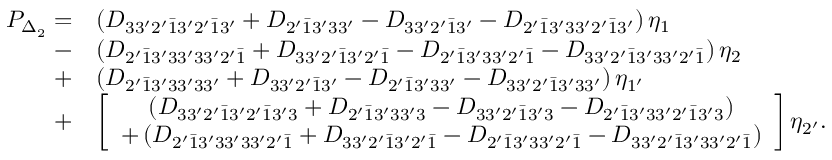
\begin{array} { r l } { P _ { \Delta _ { 2 } } = } & { \left( { { D _ { 3 3 ^ { \prime } 2 ^ { \prime } \bar { 1 } 3 ^ { \prime } 2 ^ { \prime } \bar { 1 } 3 ^ { \prime } } } + { D _ { 2 ^ { \prime } \bar { 1 } 3 ^ { \prime } 3 3 ^ { \prime } } } - { D _ { 3 3 ^ { \prime } 2 ^ { \prime } \bar { 1 } 3 ^ { \prime } } } - { D _ { 2 ^ { \prime } \bar { 1 } 3 ^ { \prime } 3 3 ^ { \prime } 2 ^ { \prime } \bar { 1 } 3 ^ { \prime } } } } \right) { \eta _ { 1 } } } \\ { - } & { \left( { { D _ { 2 ^ { \prime } \bar { 1 } 3 ^ { \prime } 3 3 ^ { \prime } 3 3 ^ { \prime } 2 ^ { \prime } \bar { 1 } } } + { D _ { 3 3 ^ { \prime } 2 ^ { \prime } \bar { 1 } 3 ^ { \prime } 2 ^ { \prime } \bar { 1 } } } - { D _ { 2 ^ { \prime } \bar { 1 } 3 ^ { \prime } 3 3 ^ { \prime } 2 ^ { \prime } \bar { 1 } } } - { D _ { 3 3 ^ { \prime } 2 ^ { \prime } \bar { 1 } 3 ^ { \prime } 3 3 ^ { \prime } 2 ^ { \prime } \bar { 1 } } } } \right) { \eta _ { 2 } } } \\ { + } & { \left( { { D _ { 2 ^ { \prime } \bar { 1 } 3 ^ { \prime } 3 3 ^ { \prime } 3 3 ^ { \prime } } } + { D _ { 3 3 ^ { \prime } 2 ^ { \prime } \bar { 1 } 3 ^ { \prime } } } - { D _ { 2 ^ { \prime } \bar { 1 } 3 ^ { \prime } 3 3 ^ { \prime } } } - { D _ { 3 3 ^ { \prime } 2 ^ { \prime } \bar { 1 } 3 ^ { \prime } 3 3 ^ { \prime } } } } \right) { \eta _ { 1 ^ { \prime } } } } \\ { + } & { \left[ \begin{array} { c } { \left( { { D _ { 3 3 ^ { \prime } 2 ^ { \prime } \bar { 1 } 3 ^ { \prime } 2 ^ { \prime } \bar { 1 } 3 ^ { \prime } 3 } } + { D _ { 2 ^ { \prime } \bar { 1 } 3 ^ { \prime } 3 3 ^ { \prime } 3 } } - { D _ { 3 3 ^ { \prime } 2 ^ { \prime } \bar { 1 } 3 ^ { \prime } 3 } } - { D _ { 2 ^ { \prime } \bar { 1 } 3 ^ { \prime } 3 3 ^ { \prime } 2 ^ { \prime } \bar { 1 } 3 ^ { \prime } 3 } } } \right) } \\ { + \left( { { D _ { 2 ^ { \prime } \bar { 1 } 3 ^ { \prime } 3 3 ^ { \prime } 3 3 ^ { \prime } 2 ^ { \prime } \bar { 1 } } } + { D _ { 3 3 ^ { \prime } 2 ^ { \prime } \bar { 1 } 3 ^ { \prime } 2 ^ { \prime } \bar { 1 } } } - { D _ { 2 ^ { \prime } \bar { 1 } 3 ^ { \prime } 3 3 ^ { \prime } 2 ^ { \prime } \bar { 1 } } } - { D _ { 3 3 ^ { \prime } 2 ^ { \prime } \bar { 1 } 3 ^ { \prime } 3 3 ^ { \prime } 2 ^ { \prime } \bar { 1 } } } } \right) } \end{array} \right] { \eta _ { 2 ^ { \prime } } } . } \end{array}